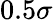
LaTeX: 0.5\sigma